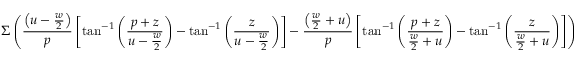
\Sigma \left( \frac { \left( u - \frac { w } { 2 } \right) } { p } \left[ \tan ^ { - 1 } \left( \frac { p + z } { u - \frac { w } { 2 } } \right) - \tan ^ { - 1 } \left( \frac { z } { u - \frac { w } { 2 } } \right) \right] - \frac { \left( \frac { w } { 2 } + u \right) } { p } \left[ \tan ^ { - 1 } \left( \frac { p + z } { \frac { w } { 2 } + u } \right) - \tan ^ { - 1 } \left( \frac { z } { \frac { w } { 2 } + u } \right) \right] \right)